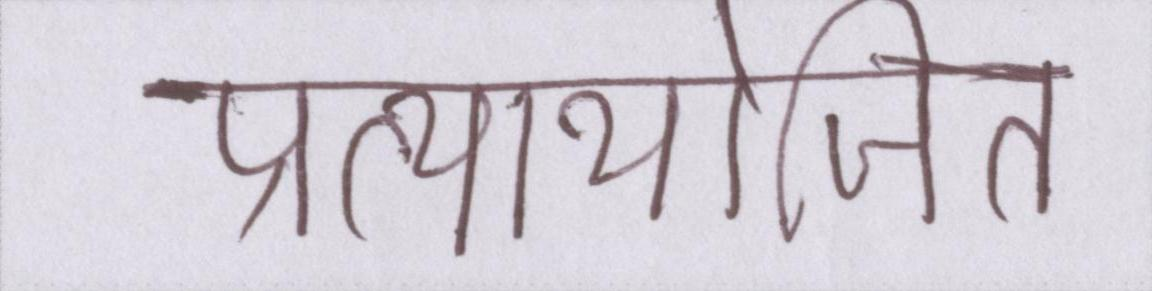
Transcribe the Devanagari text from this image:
प्रत्यायोजित